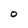
Character: O